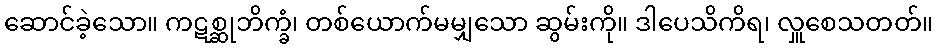
ဆောင်ခဲ့သော။ ကဋစ္ဆုဘိက္ခံ၊ တစ်ယောက်မမျှသော ဆွမ်းကို။ ဒါပေသိကိရ၊ လှူစေသတတ်။